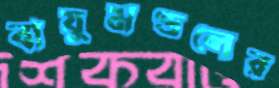
বায়ুমণ্ডলের